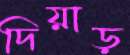
দিয়াড়